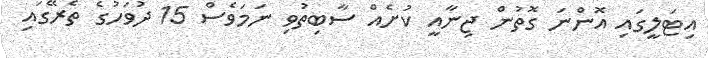
އިޓަލީގައި އޮންނަ ގޮތުން ޖިނާއީ ކުށެއް ސާބިތުވި ނަމަވެސް 15 ދުވަހުގެ ތެރޭގައި